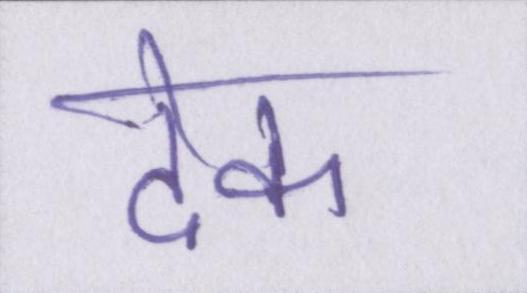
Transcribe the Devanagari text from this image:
देक